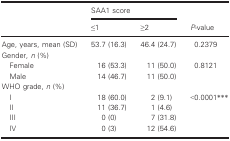
| <ROWSPAN=2>  | <COLSPAN=2> SAA1 score | <ROWSPAN=2> P‐value |
 | ≤1 | ≥2 |
 | --- | --- | --- | --- |
 | Age, years, mean (SD) | 53.7 (16.3) | 46.4 (24.7) | 0.2379 |
 | <COLSPAN=4> Gender, n (%) |
 | Female | 16 (53.3) | 11 (50.0) | 0.8121 |
 | Male | 14 (46.7) | 11 (50.0) |  |
 | <COLSPAN=4> WHO grade, n (%) |
 | I | 18 (60.0) | 2 (9.1) | <0.0001*** |
 | II | 11 (36.7) | 1 (4.6) |  |
 | III | 0 (0) | 7 (31.8) |  |
 | IV | 0 (3) | 12 (54.6) |  |